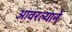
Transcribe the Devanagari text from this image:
आवरल्याने